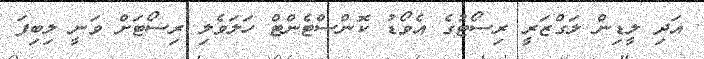
އަދި ލީޑިން ލަގްޒަރީ ރިސޯޓުގެ އެވޯޑު ކޮންސްޓެންޓް ހަލަވެލި ރިސޯޓަށް ވަނީ ލިބިފަ